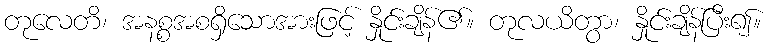
တုလေတိ၊ အနစ္စအစရှိသောအားဖြင့် နှိုင်းချိန်၏။ တုလယိတွာ၊ နှိုင်းချိန်ပြီး၍။